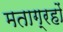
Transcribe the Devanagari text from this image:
मताग्रहों